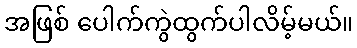
အဖြစ် ပေါက်ကွဲထွက်ပါလိမ့်မယ်။